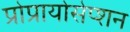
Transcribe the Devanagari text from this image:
प्रोप्रायोसेप्शन